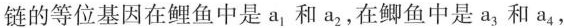
链的等位基因在鲤鱼中是a_{1}和a_{2}，在鲫鱼中是a_{3}和a_{4}，